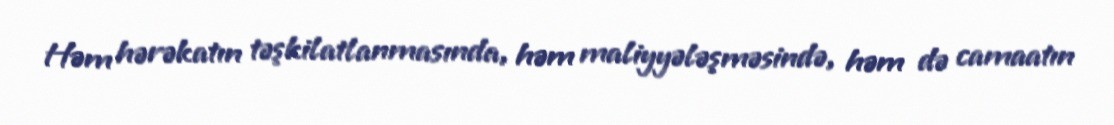
Həm hərəkatın təşkilatlanmasında, həm maliyyələşməsində, həm də camaatın